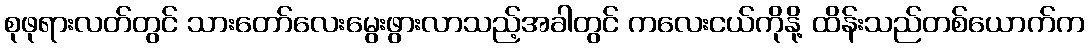
စုဖုရားလတ်တွင် သားတော်လေးမွေးဖွားလာသည့်အခါတွင် ကလေးငယ်ကိုနို့ ထိန်းသည်တစ်ယောက်က